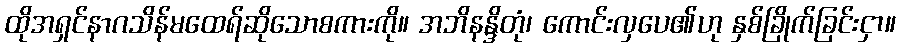
ထိုအရှင်နာဂသိန်မထေရ်ဆိုသောစကားကို။ အဘိနန္ဒိတုံ၊ ကောင်းလှပေ၏ဟု နှစ်ခြိုက်ခြင်းငှာ။